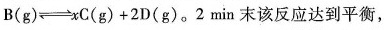
\mathrm{B}(\mathrm{g}) \rightleftharpoons x \mathrm{C}(\mathrm{g})+2 \mathrm{D}(\mathrm{g})。2 min末该反应达到平衡，